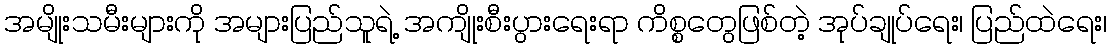
အမျိုးသမီးများကို အများပြည်သူရဲ့ အကျိုးစီးပွားရေးရာ ကိစ္စတွေဖြစ်တဲ့ အုပ်ချုပ်ရေး၊ ပြည်ထဲရေး၊